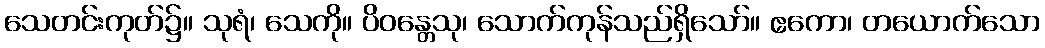
သေတင်းကုတ်၌။ သုရံ၊ သေကို။ ပိဝန္တေသု၊ သောက်ကုန်သည်ရှိသော်။ ဧကော၊ တယောက်သော